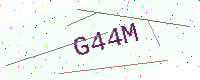
Text: G44M